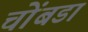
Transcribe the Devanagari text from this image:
चोंबडा